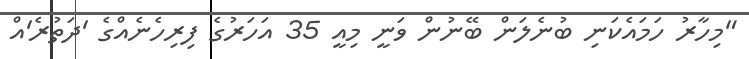
"މިހާރު ހަމައެކަނި ބުނެލަން ބޭނުން ވަނީ މިއީ 35 އަހަރުގެ ފިރިހެނެއްގެ 'ދަތުރެ'އް